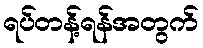
ရပ်တန့်ရန်အတွက်